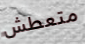
متعطش